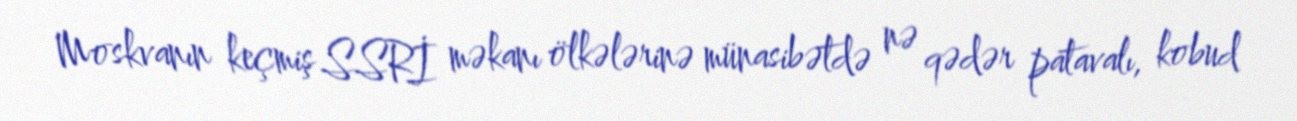
Moskvanın keçmiş SSRİ məkanı ölkələrinə münasibətdə nə qədər patavalı, kobud